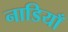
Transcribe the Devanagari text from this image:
नाडियाँ